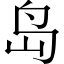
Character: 岛